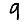
Digit: 9